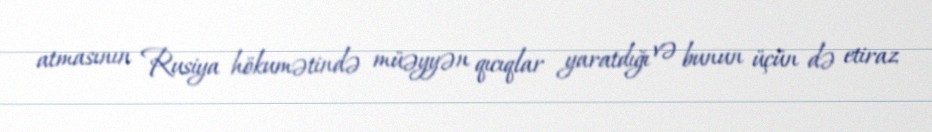
atmasının Rusiya hökumətində müəyyən qıcıqlar yaratdığı və bunun üçün də etiraz